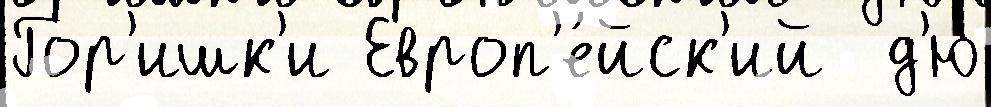
Гор'ишк'и Европ'е́йск'ий  д'ю